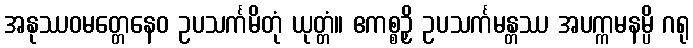
အနုဿဝမတ္တေနေဝ ဥပသင်္ကမိတုံ ယုတ္တံ။ ဧကစ္စဉှိ ဥပသင်္ကမန္တဿ အပက္ကမနမ္ပိ ဂရု